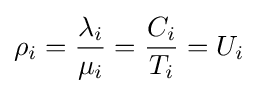
\rho _{i}={\lambda _{i} \over \mu _{i}}={C_{i} \over T_{i}}=U_{i}